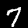
Label: 7